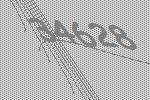
34628